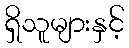
ရှိသူများနှင့်